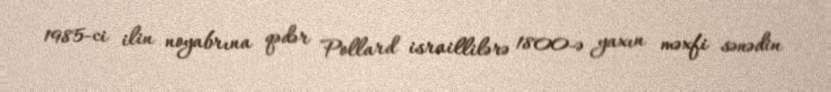
1985-ci ilin noyabrına qədər Pollard israillilərə 1800-ə yaxın məxfi sənədin